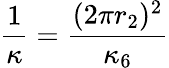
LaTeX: \frac{1}{\kappa}=\frac{(2\pi r_{2})^{2}}{\kappa_{6}}